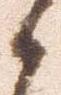
々